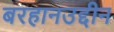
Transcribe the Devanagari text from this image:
बरहानउद्दीन